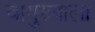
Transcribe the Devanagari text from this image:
वायुरुपाला